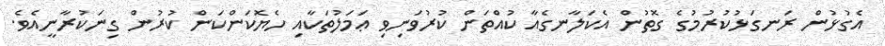
އެގުޅުން ރަނގަޅުކުރުމުގެ ގޮތުން އެކަލާނގެއާ ކުއްތަން ކުރުވަނިވި ޢަމަލުތަކާއި ހެޔޮކަންކަން ކުރުން ގިނަކުރާނީއެވެ.